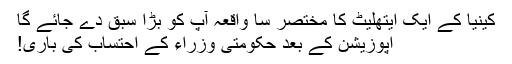
کینیا کے ایک ایتھلیٹ کا مختصر سا واقعہ آپ کو بڑا سبق دے جائے گا
اپوزیشن کے بعد حکومتی وزراء کے احتساب کی باری!